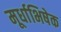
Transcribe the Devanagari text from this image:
मूर्धाभिषेक